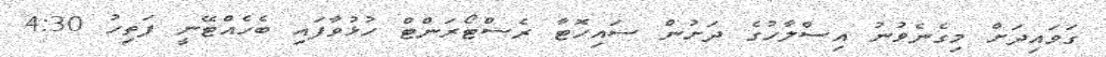
ގަވައިދަށް މިގެނެވުނު އިސްލާހުގެ ދަށުން ސައިހޮޓާ ރެސްޓޯރަންޓް ހުޅުވާފައި ބެހެއްޓޭނީ ފަތިހު 4:30